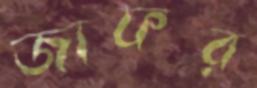
জাফর